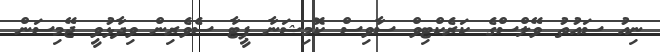
ނިއު ސައުތު ވޭލްސްގެ ކަރެކްޓިވް ސާވިސް ކޮމިޝަނާ ޕީޓާ ސެވެރިން ވިދާޅުވީ ޖޭމިސަން